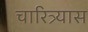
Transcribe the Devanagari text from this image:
चारित्र्यास